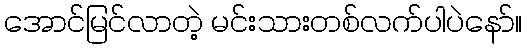
အောင်မြင်လာတဲ့ မင်းသားတစ်လက်ပါပဲနော်။